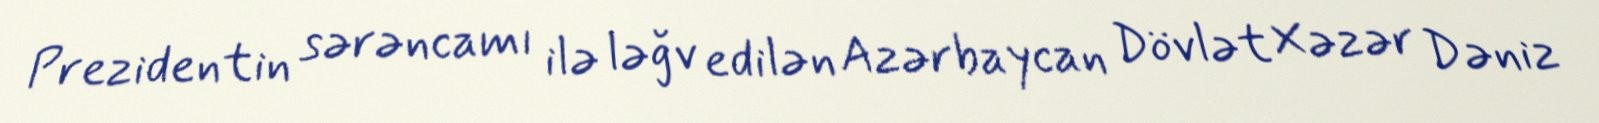
Prezidentin sərəncamı ilə ləğv edilən Azərbaycan Dövlət Xəzər Dəniz